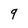
Character: 9